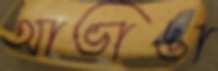
আভাঙা